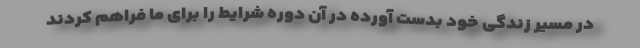
در مسیر زندگی خود بدست آورده در آن دوره شرایط را برای ما فراهم کردند